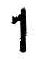
1